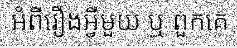
អំពីរឿងអ្វីមួយ ឬ ពួកគេ